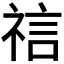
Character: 𫀎